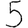
Digit: 5